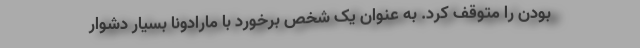
بودن را متوقف کرد. به عنوان یک شخص برخورد با مارادونا بسیار دشوار